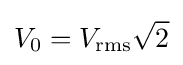
V_{0}=V_{\mathrm {rms} }{\sqrt {2}}\,\!